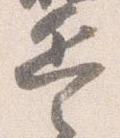
兵